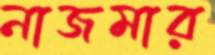
নাজমার